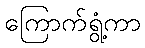
ကြောက်ရွံ့ကာ